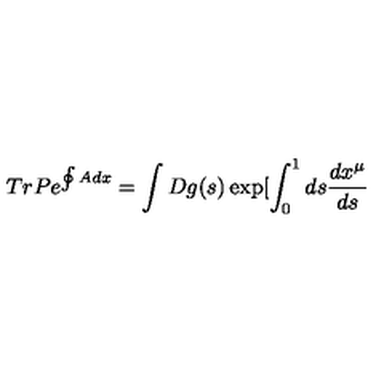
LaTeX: T r P e ^ { \oint A d x } = \int D g ( s ) \exp [ \int _ { 0 } ^ { 1 } d s \frac { d x ^ { \mu } } { d s }